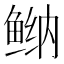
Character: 𱇴